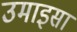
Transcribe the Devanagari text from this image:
उमाइसा